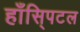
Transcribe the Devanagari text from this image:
हाँसि्पटल